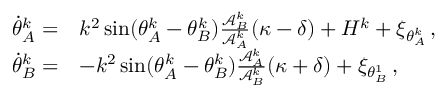
\begin{array} { r l } { \dot { \theta } _ { A } ^ { k } = } & { k ^ { 2 } \sin ( \theta _ { A } ^ { k } - \theta _ { B } ^ { k } ) \frac { \mathcal { A } _ { B } ^ { k } } { \mathcal { A } _ { A } ^ { k } } ( \kappa - \delta ) + H ^ { k } + \xi _ { \theta _ { A } ^ { k } } \, , } \\ { \dot { \theta } _ { B } ^ { k } = } & { - k ^ { 2 } \sin ( \theta _ { A } ^ { k } - \theta _ { B } ^ { k } ) \frac { \mathcal { A } _ { A } ^ { k } } { \mathcal { A } _ { B } ^ { k } } ( \kappa + \delta ) + \xi _ { \theta _ { B } ^ { 1 } } \, , } \end{array}